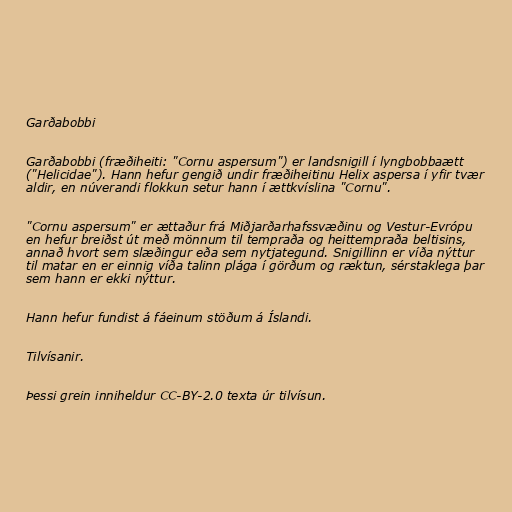
Garðabobbi

Garðabobbi (fræðiheiti: "Cornu aspersum") er landsnigill í lyngbobbaætt
("Helicidae"). Hann hefur gengið undir fræðiheitinu Helix aspersa í yfir tvær
aldir, en núverandi flokkun setur hann í ættkvíslina "Cornu".

"Cornu aspersum" er ættaður frá Miðjarðarhafssvæðinu og Vestur-Evrópu
en hefur breiðst út með mönnum til tempraða og heittempraða beltisins,
annað hvort sem slæðingur eða sem nytjategund. Snigillinn er víða nýttur
til matar en er einnig víða talinn plága í görðum og ræktun, sérstaklega þar
sem hann er ekki nýttur.

Hann hefur fundist á fáeinum stöðum á Íslandi.

Tilvísanir.

Þessi grein inniheldur CC-BY-2.0 texta úr tilvísun.